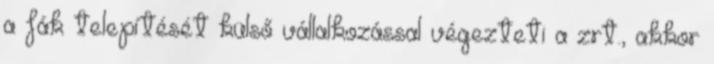
a fák telepítését külső vállalkozással végezteti a zrt., akkor